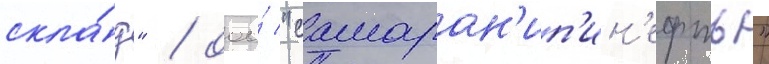
скла́д" / ооо́ "самаран'ип'ин'ефть"